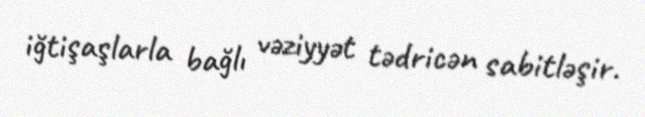
iğtişaşlarla bağlı vəziyyət tədricən sabitləşir.